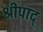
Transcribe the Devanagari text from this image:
श्रीपाद्